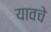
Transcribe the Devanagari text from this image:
यावचे